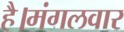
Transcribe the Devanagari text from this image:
है।मंगलवार